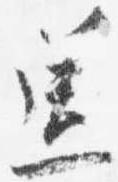
送